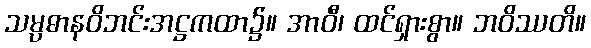
သမ္ပဓာနဝိဘင်းအဋ္ဌကထာ၌။ အာဝီ၊ ထင်ရှားစွာ။ ဘဝိဿတိ။